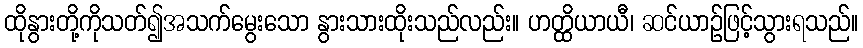
ထိုနွားတို့ကိုသတ်၍အသက်မွေးသော နွားသားထိုးသည်လည်း။ ဟတ္ထိယာယီ၊ ဆင်ယာဉ်ဖြင့်သွားရသည်။